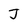
Character: J